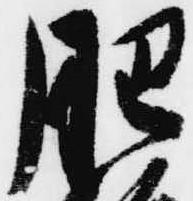
肥